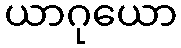
ယာဂုယော